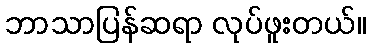
ဘာသာပြန်ဆရာ လုပ်ဖူးတယ်။